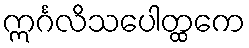
ဣင်္ဂလိသပေါတ္ထကေ